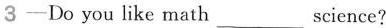
3—Do you like math___science?